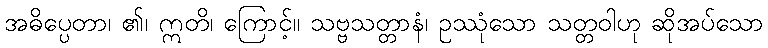
အဓိပ္ပေတာ၊ ၏၊ ဣတိ၊ ကြောင့်။ သဗ္ဗသတ္တာနံ၊ ဥဿုံသော သတ္တဝါဟု ဆိုအပ်သော